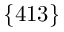
\lbrace 4 1 3 \rbrace